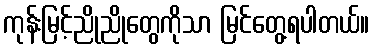
ကုန်းမြင့်ညိုညိုတွေကိုသာ မြင်တွေ့ရပါတယ်။